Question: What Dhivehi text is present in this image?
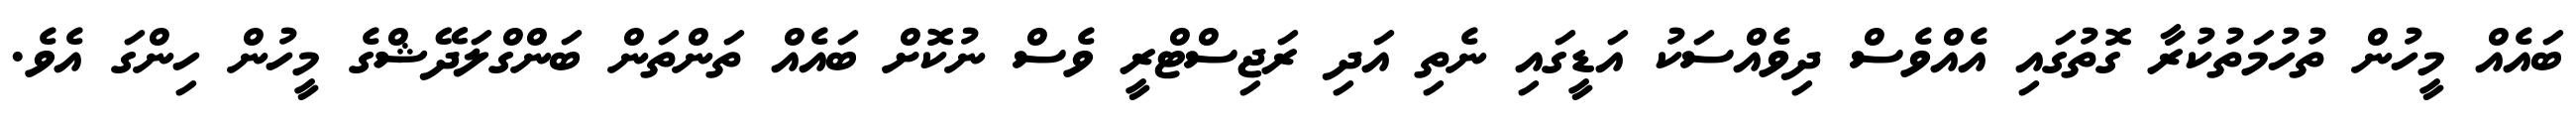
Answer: ބައެއް މީހުން ތުހުމަތުކުރާ ގޮތުގައި އެއްވެސް ދިވެއްސަކު އަޑީގައި ނެތި އަދި ރަޖިސްޓްރީ ވެސް ނުކޮށް ބައެއް ތަންތަން ބަންގްލަދޭޝްގެ މީހުން ހިންގަ އެވެ.